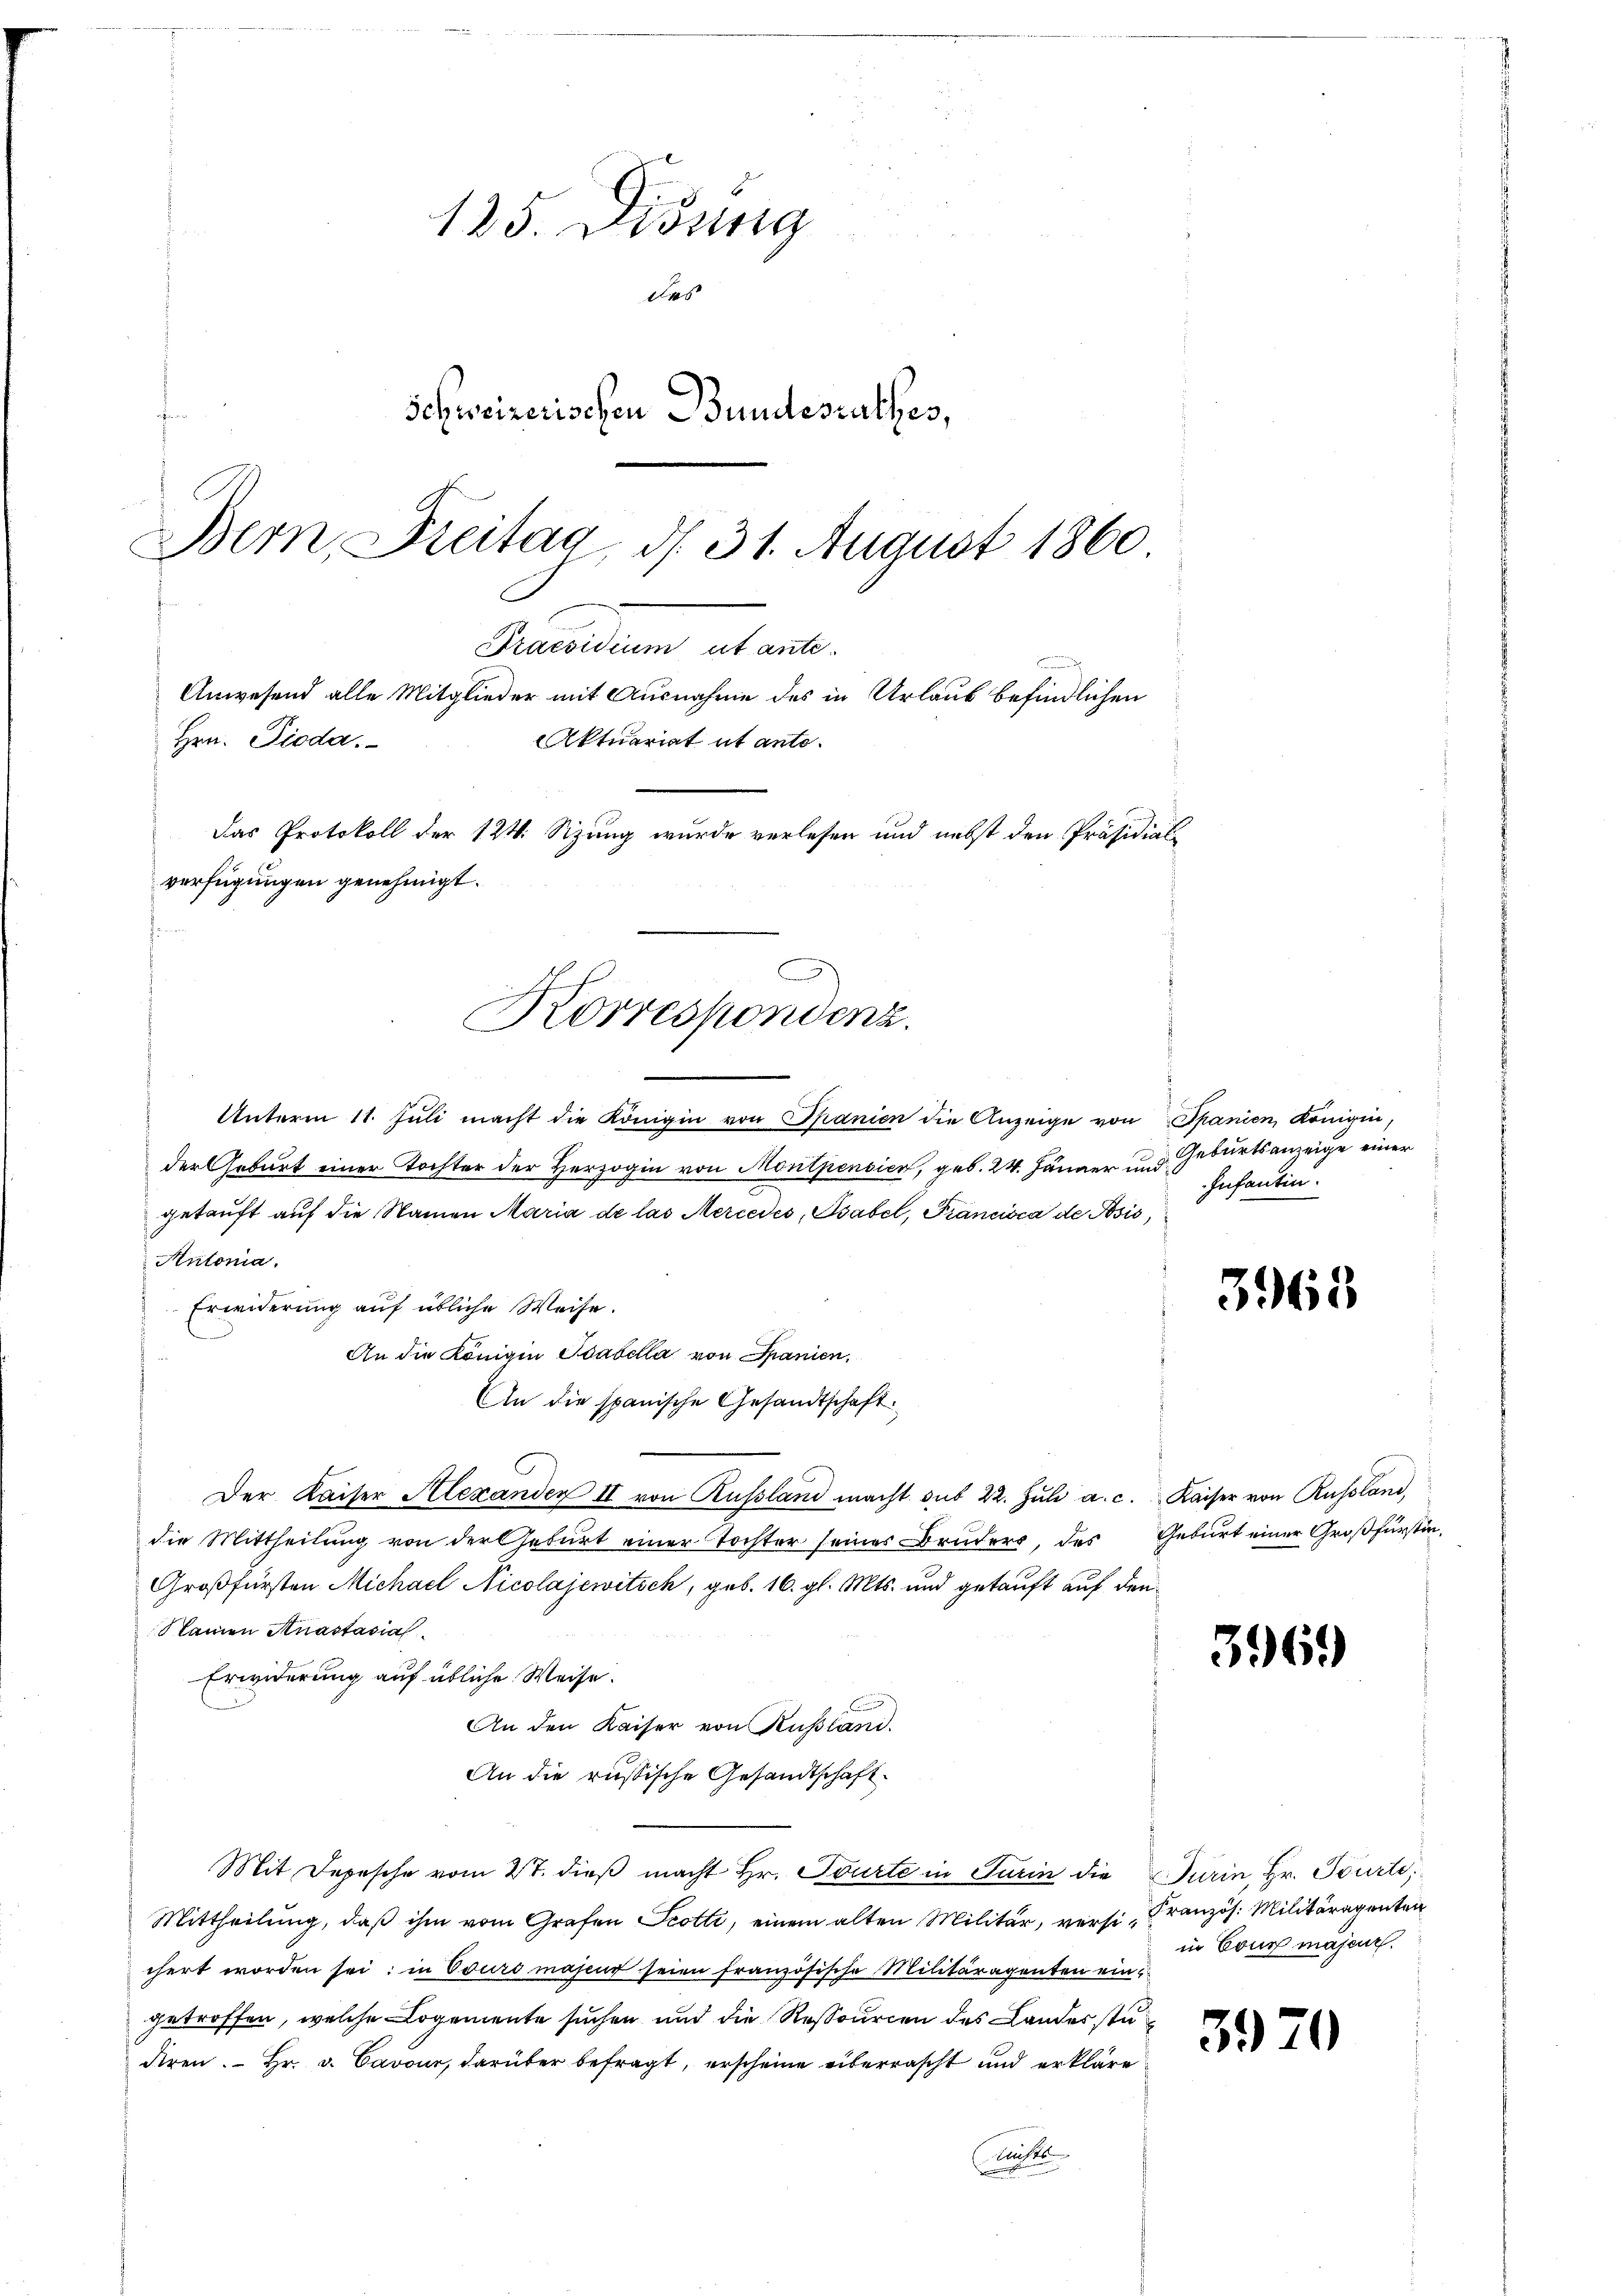
125. Dibung
des
Schweizerischen Bundesrathes,
Bern, Freitag, d. 31. August 1860
.

Hrn. Pioda.
verfügungen genehmigt.
Korrespondenz.

Praesidium ab wil
Anwesend alle Mitglieder mit Ausnahme des in Urlaub befindlichen
Aktuariat ut ante.
Das Protokoll der 124. Sizung wurde verlesen und nebst den Präsidial¬

Unterm 11. Juli macht die Königin von Spanien die Anzeige von
der Geburt einer Tochter der Herzogin von Montpensich, geb. 24. Jänner und
getauft auf die Namen Maria de las Mercedes, Psabel, Francisca de Posić,
Antonia.
Erwiderung auf übliche Weise.
An die Königin Stabella von Spanien.
An die spanische Gesandtschaft.
Der Kaiser Alexanden II von Russland macht sub 22. Jŭli a.c. Kaiser von Russland,
die Mittheilung von der Geburt einer Tochter seines Bruders, des Geburt einer Großfürstin¬
Großfürsten Michael Nicolajewitsch, geb. 16. gl. Mts. und getauft auf den
lamen Anastasial
Erwiderung auf übliche Weise.
An den Kaiser von Russland.
An die russische Gesandtschaft
Mit Depesche vom 27. dieβ macht Hr. Tourte in Turin die Turin, Hr. Tourte;
Mittheilŭng, daβ ihm vom Grafen Scotti, einem alten Militär, versi Französ. Militäragenten
chert worden sei; in Cours majeur seien französische Militäragenten eingetroffen, welche Logemente suchen und die Ressourcen des Landesstu
diren. Hr. v. Cavour, darüber befragt, erscheine überrascht und erkläre
Friste

Spanien, Königin,
Geburtsanzeige einer
Infantin.

3965

3969

in Cour maje

592

)